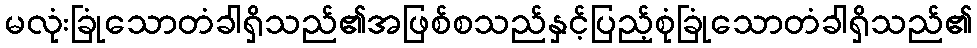
မလုံးခြုံသောတံခါရှိသည်၏အဖြစ်စသည်နှင့်ပြည့်စုံခြုံသောတံခါရှိသည်၏